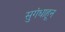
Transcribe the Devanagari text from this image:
सुगंधाहून